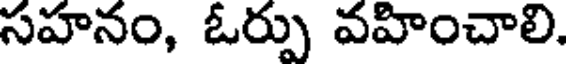
సహనం, ఓర్పు వహించాలి.